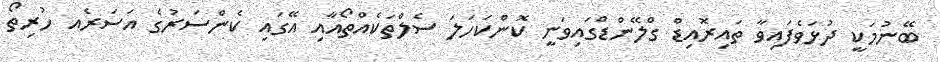
ބޭނުމަކީ ދުޅަވެފައިވާ ތައިރޮއިޑް ގްލޭންޑްގައިވަނީ ކޮންކަހަލަ ސެލްތަކެއްތޯއާއި އޭގައި ކެންސަރުގެ އަސަރެއ ހުރިތޯ